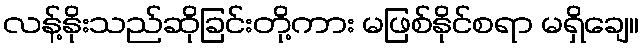
လန့်နိုးသည်ဆိုခြင်းတို့ကား မဖြစ်နိုင်စရာ မရှိချေ။